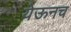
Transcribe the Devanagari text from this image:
येऊनच